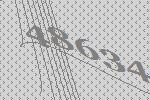
48634